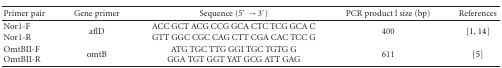
<table><thead><tr><td><b>Primer pair</b></td><td><b>Gene primer</b></td><td><b>Sequence (5′→3′)</b></td><td><b>PCR product l size (bp)</b></td><td><b>References</b></td></tr></thead><tbody><tr><td>Nor1-F Nor1-R</td><td>aflD</td><td>ACC GCT ACG CCG GCA CTC TCG GCA C GTT GGC CGC CAG CTT CGA CAC TCC G</td><td>400</td><td>[1, 14]</td></tr><tr><td>OmtBII-F OmtBII-R</td><td>omtB</td><td>ATG TGC TTG GGI TGC TGTG G GGA TGT GGT YAT GCG ATT GAG</td><td>611</td><td>[5]</td></tr></tbody></table>